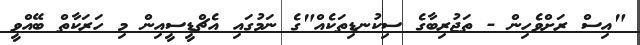
"އިސް ރަށްވެހިން - ތަޖުރިބާގެ ސިކުނޑިތަކެއް"ގެ ނަމުގައި އެޗްޑީސީއިން މި ހަރަކާތް ބޭއްވީ